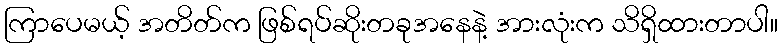
ကြာပေမယ့် အတိတ်က ဖြစ်ရပ်ဆိုးတခုအနေနဲ့ အားလုံးက သိရှိထားတာပါ။